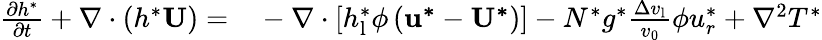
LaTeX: \begin{array}{rl}{\frac{\partial h^{*}}{\partial t}+\nabla\cdot\left(h^{*}\mathbf{U}\right)=}&{{}-\nabla\cdot\left[h_{\mathrm{l}}^{*}\phi\left(\mathbf{u^{*}}-\mathbf{U^{*}}\right)\right]-N^{*}g^{*}\frac{\Delta v_{\mathrm{l}}}{v_{\mathrm{0}}}\phi{u_{r}^{*}}+\nabla^{2}T^{*}}\end{array}